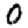
Digit: 0